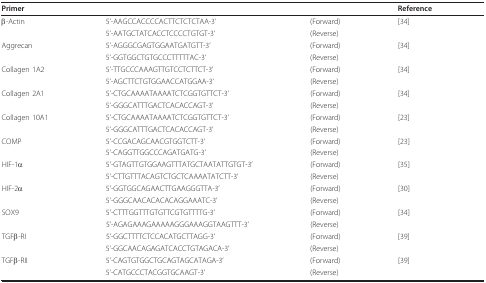
<table><thead><tr><td colspan="3"><b>Primer</b></td><td><b>Reference</b></td></tr></thead><tbody><tr><td>β-Actin</td><td>5&#x27;-AAGCCACCCCACTTCTCTCTAA-3&#x27;</td><td>(Forward)</td><td>[34]</td></tr><tr><td></td><td>5&#x27;-AATGCTATCACCTCCCCTGTGT-3&#x27;</td><td>(Reverse)</td><td></td></tr><tr><td>Aggrecan</td><td>5&#x27;-AGGGCGAGTGGAATGATGTT-3&#x27;</td><td>(Forward)</td><td>[34]</td></tr><tr><td></td><td>5&#x27;-GGTGGCTGTGCCCTTTTTAC-3&#x27;</td><td>(Reverse)</td><td></td></tr><tr><td>Collagen 1A2</td><td>5&#x27;-TTGCCCAAAGTTGTCCTCTTCT-3&#x27;</td><td>(Forward)</td><td>[34]</td></tr><tr><td></td><td>5&#x27;-AGCTTCTGTGGAACCATGGAA-3&#x27;</td><td>(Reverse)</td><td></td></tr><tr><td>Collagen 2A1</td><td>5&#x27;-CTGCAAAATAAAATCTCGGTGTTCT-3&#x27;</td><td>(Forward)</td><td>[34]</td></tr><tr><td></td><td>5&#x27;-GGGCATTTGACTCACACCAGT-3&#x27;</td><td>(Reverse)</td><td></td></tr><tr><td>Collagen 10A1</td><td>5&#x27;-CTGCAAAATAAAATCTCGGTGTTCT-3&#x27;</td><td>(Forward)</td><td>[23]</td></tr><tr><td></td><td>5&#x27;-GGGCATTTGACTCACACCAGT-3&#x27;</td><td>(Reverse)</td><td></td></tr><tr><td>COMP</td><td>5&#x27;-CCGACAGCAACGTGGTCTT-3&#x27;</td><td>(Forward)</td><td>[23]</td></tr><tr><td></td><td>5&#x27;-CAGGTTGGCCCAGATGATG-3&#x27;</td><td>(Reverse)</td><td></td></tr><tr><td>HIF-1α</td><td>5&#x27;-GTAGTTGTGGAAGTTTATGCTAATATTGTGT-3&#x27;</td><td>(Forward)</td><td>[35]</td></tr><tr><td></td><td>5&#x27;-CTTGTTTACAGTCTGCTCAAAATATCTT-3&#x27;</td><td>(Reverse)</td><td></td></tr><tr><td>HIF-2α</td><td>5&#x27;-GGTGGCAGAACTTGAAGGGTTA-3&#x27;</td><td>(Forward)</td><td>[30]</td></tr><tr><td></td><td>5&#x27;-GGGCAACACACACAGGAAATC-3&#x27;</td><td>(Reverse)</td><td></td></tr><tr><td>SOX9</td><td>5&#x27;-CTTTGGTTTGTGTTCGTGTTTTG-3&#x27;</td><td>(Forward)</td><td>[34]</td></tr><tr><td></td><td>5&#x27;-AGAGAAAGAAAAAGGGAAAGGTAAGTTT-3&#x27;</td><td>(Reverse)</td><td></td></tr><tr><td>TGFβ-RI</td><td>5&#x27;-GGCTTTTCTCCACATGCTTAGG-3&#x27;</td><td>(Forward)</td><td>[39]</td></tr><tr><td></td><td>5&#x27;-GGCAACAGAGATCACCTGTAGACA-3&#x27;</td><td>(Reverse)</td><td></td></tr><tr><td>TGFβ-RII</td><td>5&#x27;-CAGTGTGGCTGCAGTAGCATAGA-3&#x27;</td><td>(Forward)</td><td>[39]</td></tr><tr><td></td><td>5&#x27;-CATGCCCTACGGTGCAAGT-3&#x27;</td><td>(Reverse)</td><td></td></tr></tbody></table>